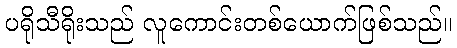
ပရိုသီရိုးသည် လူကောင်းတစ်ယောက်ဖြစ်သည်။